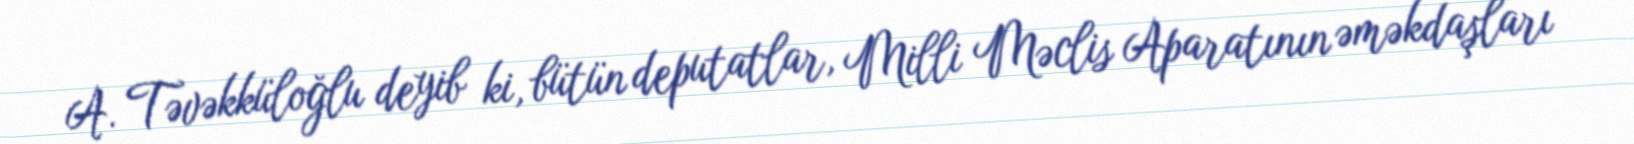
A. Təvəkküloğlu deyib ki, bütün deputatlar, Milli Məclis Aparatının əməkdaşları